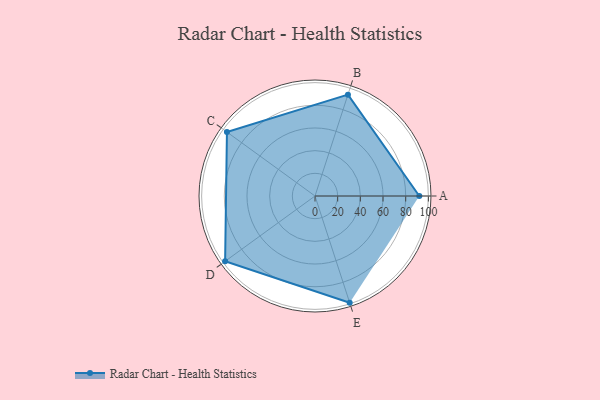
{"axis": {"x": "Skill", "y": "Score"}, "legend": ["Profile"], "data": [{"x": "A", "y": 92.0, "type": "Profile"}, {"x": "B", "y": 94.0, "type": "Profile"}, {"x": "C", "y": 96.0, "type": "Profile"}, {"x": "D", "y": 98.0, "type": "Profile"}, {"x": "E", "y": 99, "type": "Profile"}]}